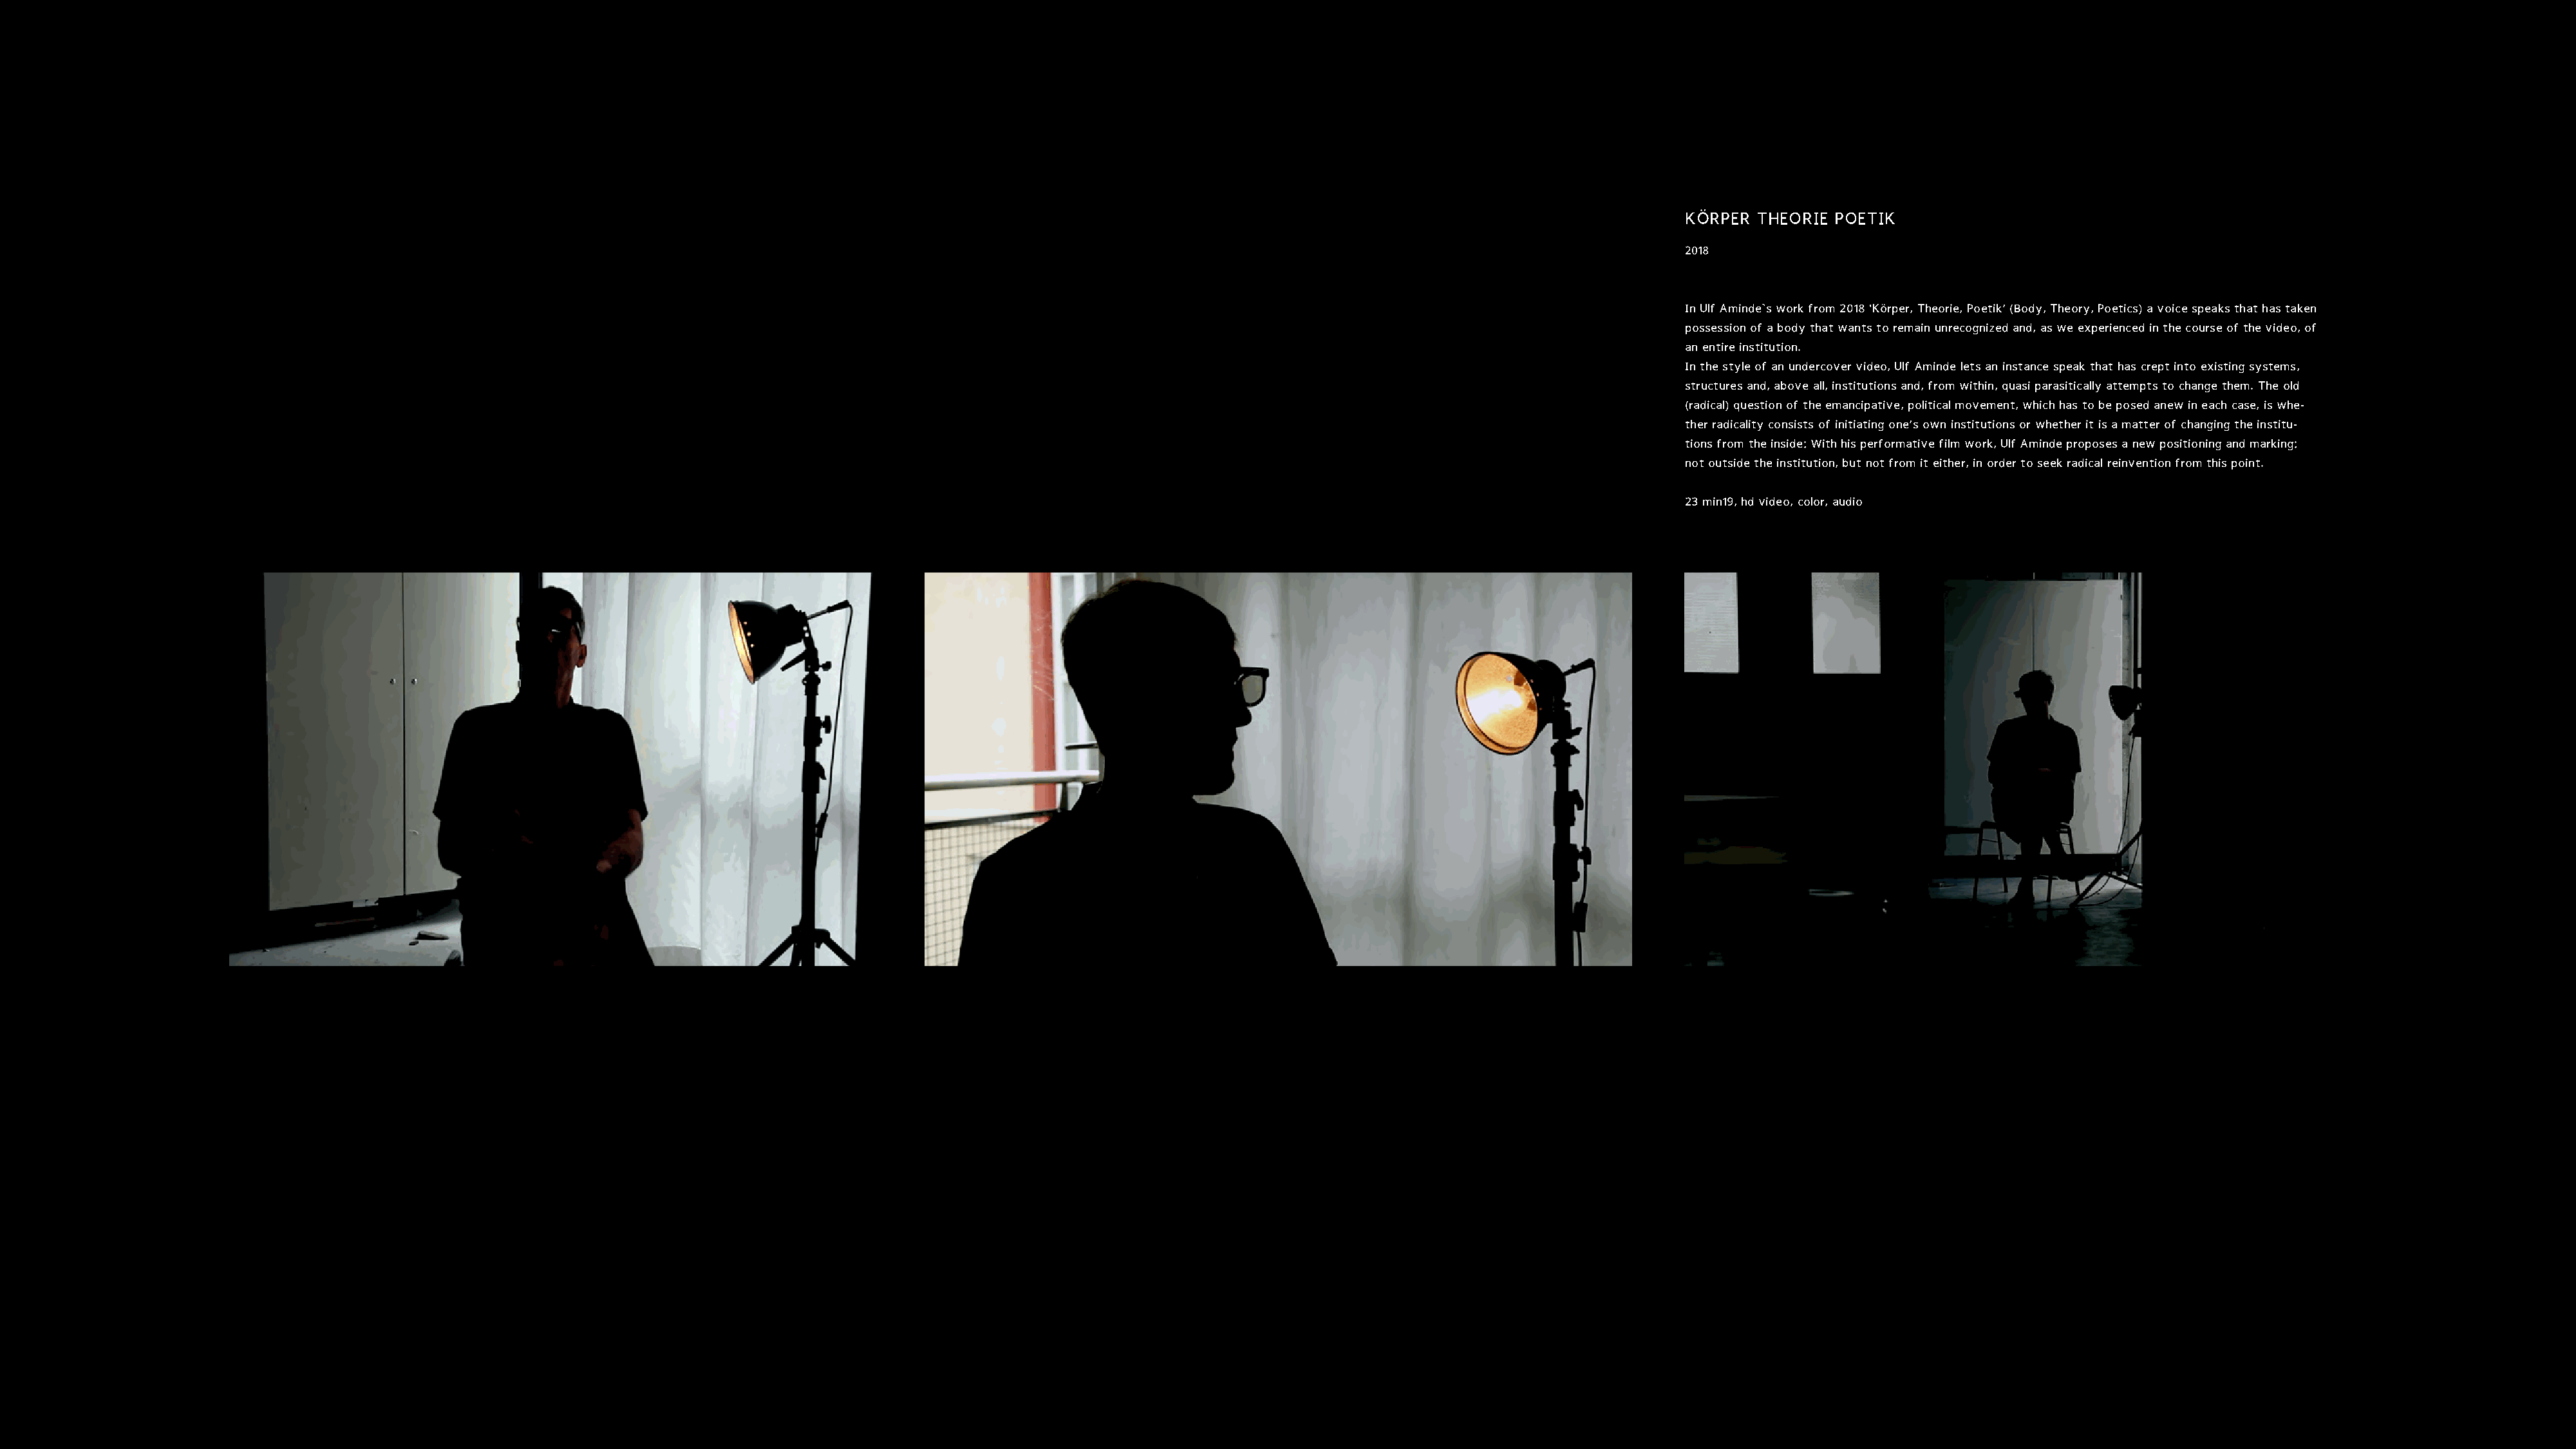
KÖRPER  THEORIE POETIK
 2018
 In Ulf Aminde`s work from 2018 'Körper, Theorie, Poetik‘ (Body, Theory, Poetics) a voice speaks that has taken
 possession of a body that wants to remain unrecognized and, as we experienced in the course of the video, of
 an entire institution.
 In the style of an undercover video, Ulf Aminde lets an instance speak that has crept into existing systems,
 structures and, above all, institutions and, from within, quasi parasitically attempts to change them. The old
 (radical) question of the emancipative, political movement, which has to be posed anew in each case, is whe-
 ther radicality consists of initiating one‘s own institutions or whether it is a matter of changing the institu-
 tions from the inside: With his performative film work, Ulf Aminde proposes a new positioning and marking:
 not outside the institution, but not from it either, in order to seek radical reinvention from this point.
 23 min19, hd video, color, audio